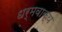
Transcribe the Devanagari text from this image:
धर्मवाक्य